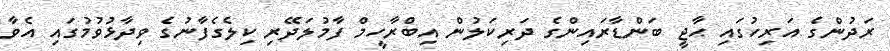
ރަދުންގެ އަރިހުގައި ޙާޖީ ބަންޑާރައިންގެ ދަރިކަލުން އިބްރާހީމް ފާމުލަދޭރި ކިލެގެފާނުގެ ވިދާޅުވުމުގައި އެވާ